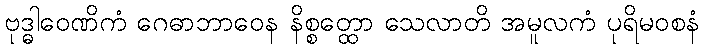
ဗုဒ္ဓါဝေဏိကံ ဂေဓာဘာဝေန နိစ္စတ္ထော သေလာတိ အမူလကံ ပုရိမဝစနံ